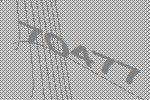
70477